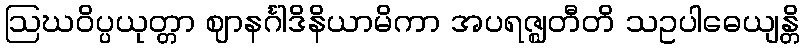
ဩဃဝိပ္ပယုတ္တာ ဈာနင်္ဂါဒိနိယာမိကာ အပရဇ္ဈတီတိ သဥပါဓေယျန္တိ